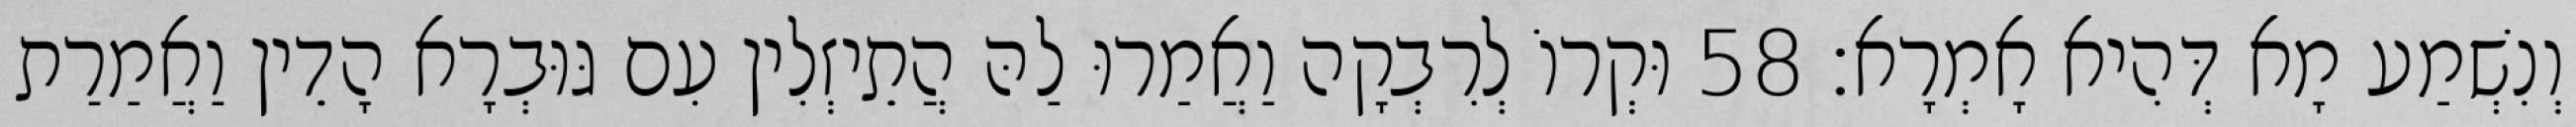
וְנִשְׁמַע מָא דְּהִיא אָמְרָא׃ 58 וּקְרוֹ לְרִבְקָה וַאֲמַרוּ לַהּ הֲתֵיזְלִין עִם גּוּבְרָא הָדֵין וַאֲמַרַת